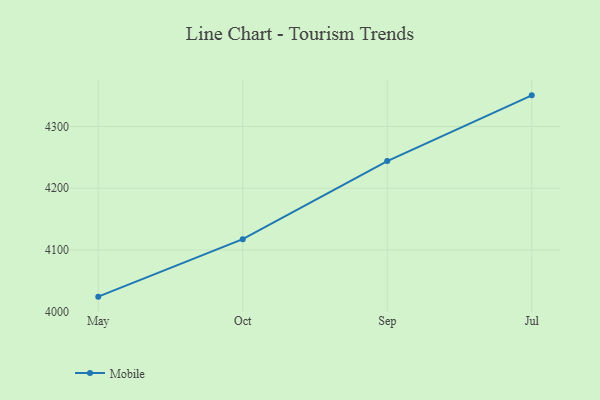
{"axis": {"x": "Month", "y": "Conversion Rate (%)"}, "legend": ["Mobile"], "data": [{"x": "May", "y": 4024.4, "type": "Mobile"}, {"x": "Oct", "y": 4117.5, "type": "Mobile"}, {"x": "Sep", "y": 4243.9, "type": "Mobile"}, {"x": "Jul", "y": 4350.4, "type": "Mobile"}]}